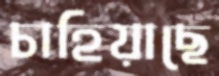
চাহিয়াছে